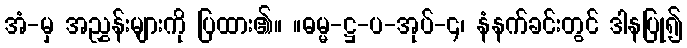
အံ-မှ အညွှန်းများကို ပြထား၏။ ။ဓမ္မ-ဋ္ဌ-ပ-အုပ်-၄၊ နံနက်ခင်းတွင် ဒါနပြု၍